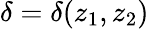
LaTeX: \delta=\delta(z_{1},z_{2})